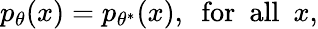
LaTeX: \begin{array}{r}{p_{\theta}(x)=p_{\theta^{*}}(x),~~\mathrm{for~~all}~~x,}\end{array}